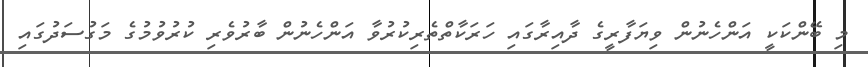
މި ބޭންކަކީ އަންހެނުން ވިޔަފާރީގެ ދާއިރާގައި ހަރަކާތްތެރިކުރުވާ އަންހެނުން ބާރުވެރި ކުރުވުމުގެ މަގުސަދުގައި